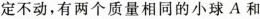
定不动，有两个质量相同的小球A和